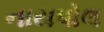
નાયપોલ